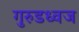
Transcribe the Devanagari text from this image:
गुरुडध्वज